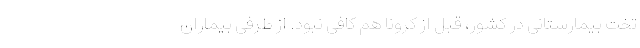
تخت بیمارستانی در کشور، قبل از کرونا هم کافی نبود. از طرفی بیماران